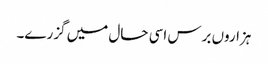
ہزاروں برس اسی حال میں گزرے۔